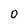
Character: 0